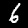
Digit: 6